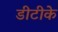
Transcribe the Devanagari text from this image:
डीटीके